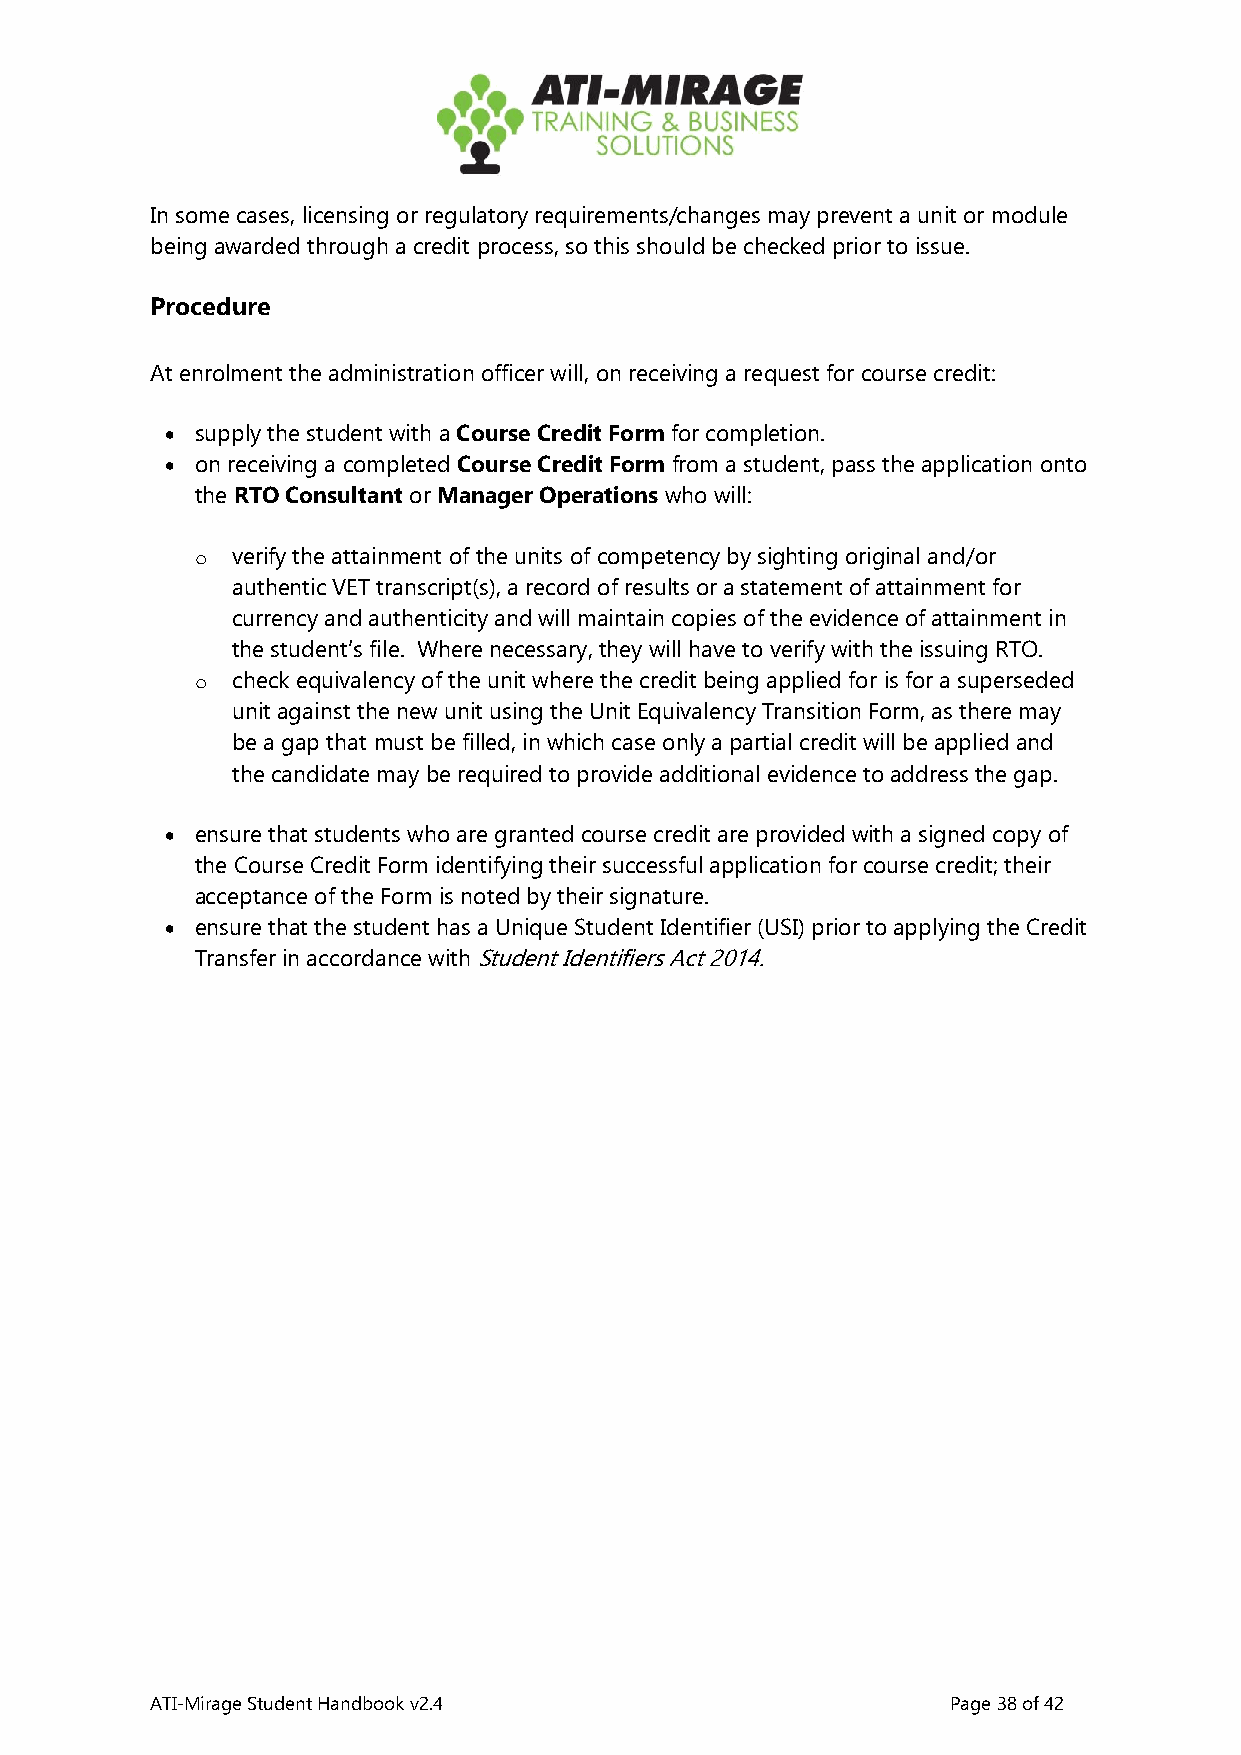
In some cases, licensing or regulatory requirements/changes may prevent a unit or module
 being awarded through a credit process, so this should be checked prior to issue.
 Procedure
 At enrolment the administration officer will, on receiving a request for course credit:
 • supply the student with a Course Credit Form for completion.
 • on receiving a completed Course Credit Form from a student, pass the application onto
 the RTO Consultant or Manager Operations who will:
 o verify the attainment of the units of competency by sighting original and/or
 authentic VET transcript(s), a record of results or a statement of attainment for
 currency and authenticity and will maintain copies of the evidence of attainment in
 the student’s file. Where necessary, they will have to verify with the issuing RTO.
 o check equivalency of the unit where the credit being applied for is for a superseded
 unit against the new unit using the Unit Equivalency Transition Form, as there may
 be a gap that must be filled, in which case only a partial credit will be applied and
 the candidate may be required to provide additional evidence to address the gap.
 • ensure that students who are granted course credit are provided with a signed copy of
 the Course Credit Form identifying their successful application for course credit; their
 acceptance of the Form is noted by their signature.
 • ensure that the student has a Unique Student Identifier (USI) prior to applying the Credit
 Transfer in accordance with Student Identifiers Act 2014.
 ATI-Mirage Student Handbook v2.4                     Page 38 of 42